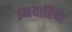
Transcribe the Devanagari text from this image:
उनयारिया